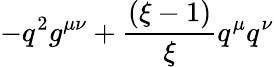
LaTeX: -q^{2}g^{\mu\nu}+\frac{(\xi-1)}{\xi}q^{\mu}q^{\nu}